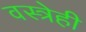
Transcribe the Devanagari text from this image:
वस्त्रेही